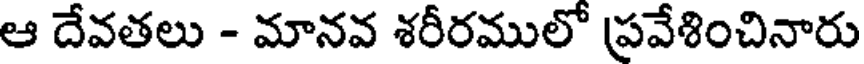
ఆ దేవతలు - మానవ శరీరములో ప్రవేశించినారు